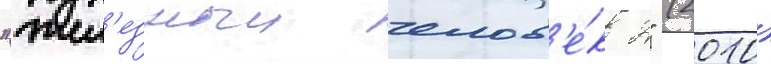
"жел'езныи челов'е́к 2" (2010)